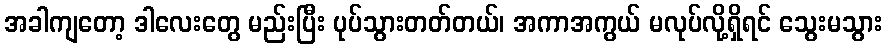
အခါကျတော့ ဒါလေးတွေ မည်းပြီး ပုပ်သွားတတ်တယ်၊ အကာအကွယ် မလုပ်လို့ရှိရင် သွေးမသွား